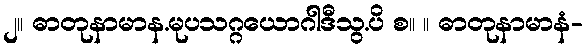
၂။ ဓာတုနာမာန.မုပသဂ္ဂယောဂါဒီသွ.ပိ စ။ ။ ဓာတုနာမာနံ-